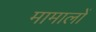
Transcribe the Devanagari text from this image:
मामालों